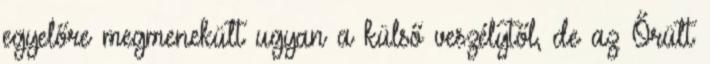
egyelőre megmenekült ugyan a külső veszélytől, de az Őrült